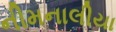
નીમનાલીયા